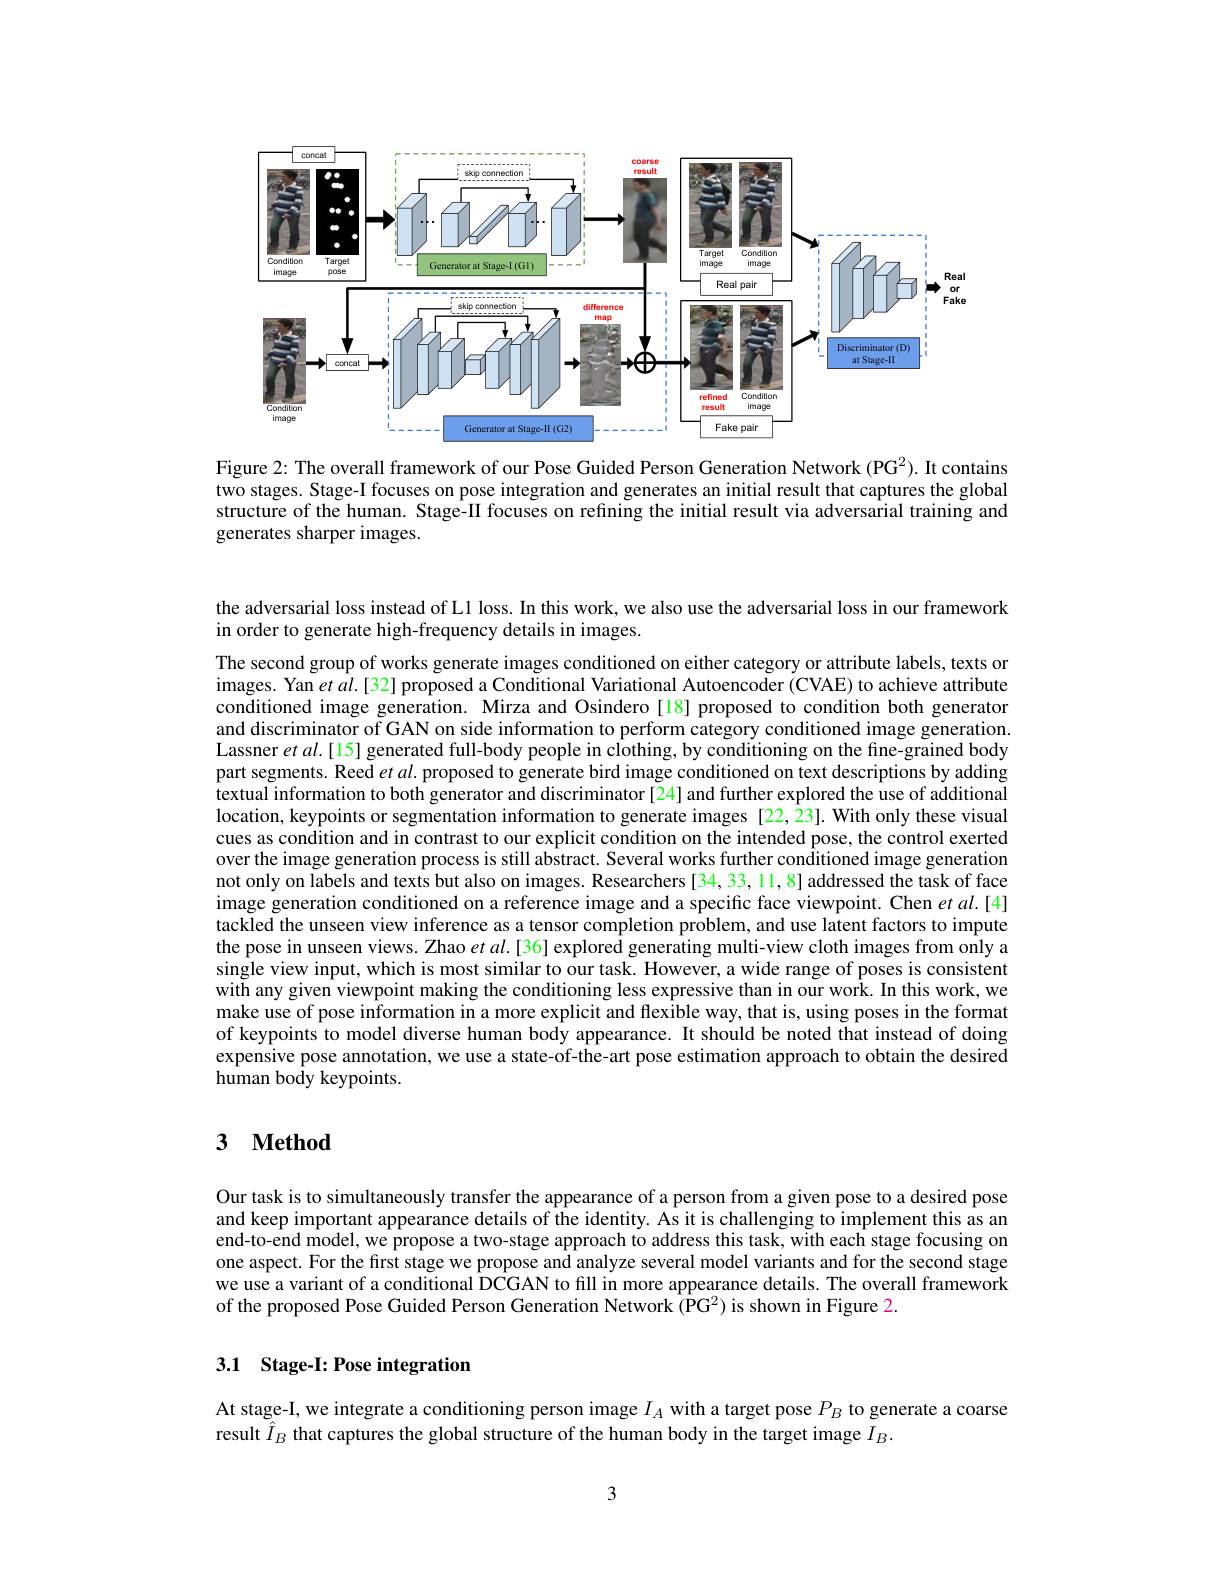
<FigureHere>

Figure 2: The overall framework of our Pose Guided Person Generation Network (PG$^2).$ It contains two stages. Stage-I focuses on pose integration and generates an initial result that captures the global structure of the human. Stage-II focuses on refining the initial result via adversarial training and generates sharper images.

the adversarial loss instead of L1 loss. In this work, we also use the adversarial loss in our framework
in order to generate high-frequency details in images.

The second group of works generate images conditioned on either category or attribute labels, texts or images. Yan $etal.[32]$ proposed a Conditional Variational Autoencoder (CVAE) to achieve attribute conditioned image generation. Mirza and Osindero[18] proposed to condition both generator and discriminator of GAN on side information to perform category conditioned image generation. Lassner $etal.[15]$ generated full-body people in clothing, by conditioning on the fine-grained body part segments. Reed $etal.$ proposed to generate bird image conditioned on text descriptions by adding textual information to both generator and discriminator[24] and further explored the use of additional location, keypoints or segmentation information to generate images [22,23]. With only these visual cues as condition and in contrast to our explicit condition on the intended pose, the control exerted over the image generation process is still abstract. Several works further conditioned image generation not only on labels and texts but also on images. Researchers [34,33,11,8] addressed the task of face image generation conditioned on a reference image and a specific face viewpoint. Chen $etal.[4]$ tackled the unseen view inference as a tensor completion problem, and use latent factors to impute the pose in unseen views. Zhao $etal.[36]$ explored generating multi-view cloth images from only a single view input, which is most similar to our task. However, a wide range of poses is consistent with any given viewpoint making the conditioning less expressive than in our work. In this work, we make use of pose information in a more explicit and flexible way, that is, using poses in the format of keypoints to model diverse human body appearance. It should be noted that instead of doing expensive pose annotation, we use a state-of-the-art pose estimation approach to obtain the desired human body keypoints.

## 3 $\mathbf{Method}$

Our task is to simultaneously transfer the appearance of a person from a given pose to a desired pose and keep important appearance details of the identity. As it is challenging to implement this as an end-to-end model, we propose a two-stage approach to address this task, with each stage focusing on one aspect. For the first stage we propose and analyze several model variants and for the second stage we use a variant of a conditional DCGAN to fill in more appearance details. The overall framework of the proposed Pose Guided Person Generation Network (PG^2) is shown in Figure 2.

## 3.1 Stage-I: Pose integration

At stage-I, we integrate a conditioning person image $I_A$ with a target pose $P_B$ to generate a coarse
result $\ddot{I}_B$ that captures the global structure of the human body in the target image $I_B.$

3